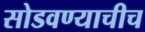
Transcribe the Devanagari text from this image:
सोडवण्याचीच